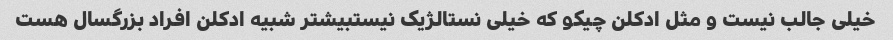
خیلی جالب نیست و مثل ادکلن چیکو که خیلی نستالژیک نیستبیشتر شبیه ادکلن افراد بزرگسال هست